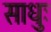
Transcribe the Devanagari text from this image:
साधुः